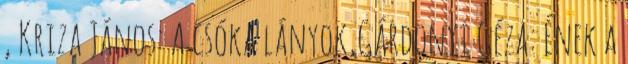
, Kriza János: A csóka lányok,Gárdonyi Géza: Ének a